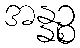
အန္နဉ္စ